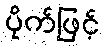
ပိုက်ဖြင့်